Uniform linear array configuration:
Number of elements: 64
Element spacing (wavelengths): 0.5
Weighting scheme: kaiser
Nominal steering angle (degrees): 30
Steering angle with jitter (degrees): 31.069
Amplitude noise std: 0.05
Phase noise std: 0.05

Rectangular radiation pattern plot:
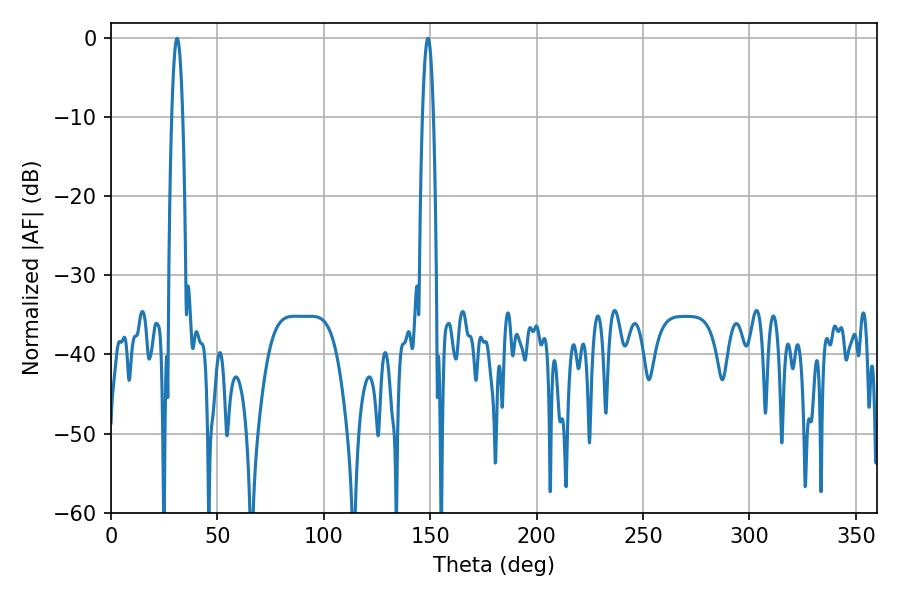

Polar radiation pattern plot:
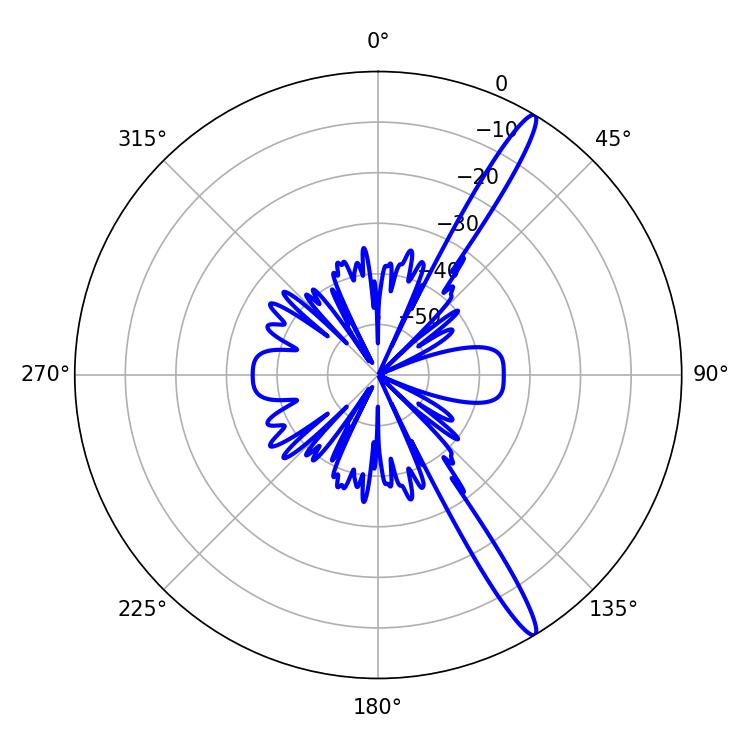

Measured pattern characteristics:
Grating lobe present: FALSE
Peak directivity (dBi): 15.544
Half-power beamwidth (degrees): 2.7
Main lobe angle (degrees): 31.14